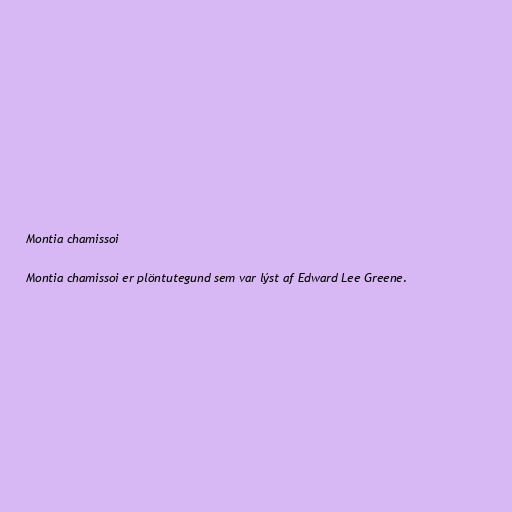
Montia chamissoi

Montia chamissoi er plöntutegund sem var lýst af Edward Lee Greene.